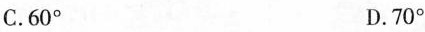
C.60° D.70°